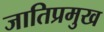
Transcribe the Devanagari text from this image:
जातिप्रमुख